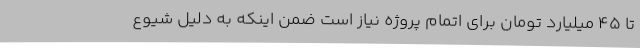
تا 45 میلیارد تومان برای اتمام پروژه نیاز است ضمن اینکه به دلیل شیوع